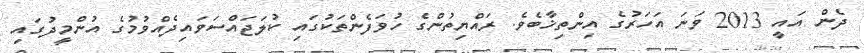
ދެން އައީ 2013 ވަނަ އަހަރުގެ އިންތިޚާބެވެ. ރައްޔިތުންގެ ހުވަފެންތަކުގައި ކުލަޖައްސަވައިދެއްވުމުގެ އުންމީދުގައި